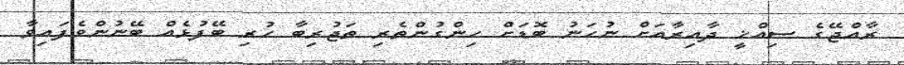
ރާއްޖޭގެ ސިއްޚީ ދާއިރާއަށް ނުހަނު ބޮޑަށް ހިންގުންތެރި ތަޖުރިބާ ހުރި ބޭފުޅެއް ބޭނުންވެފައިވާ